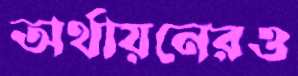
অর্থায়নেরও